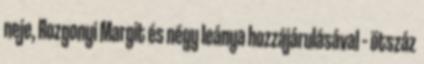
neje, Rozgonyi Margit és négy leánya hozzájárulásával – ötszáz